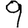
Digit: 9